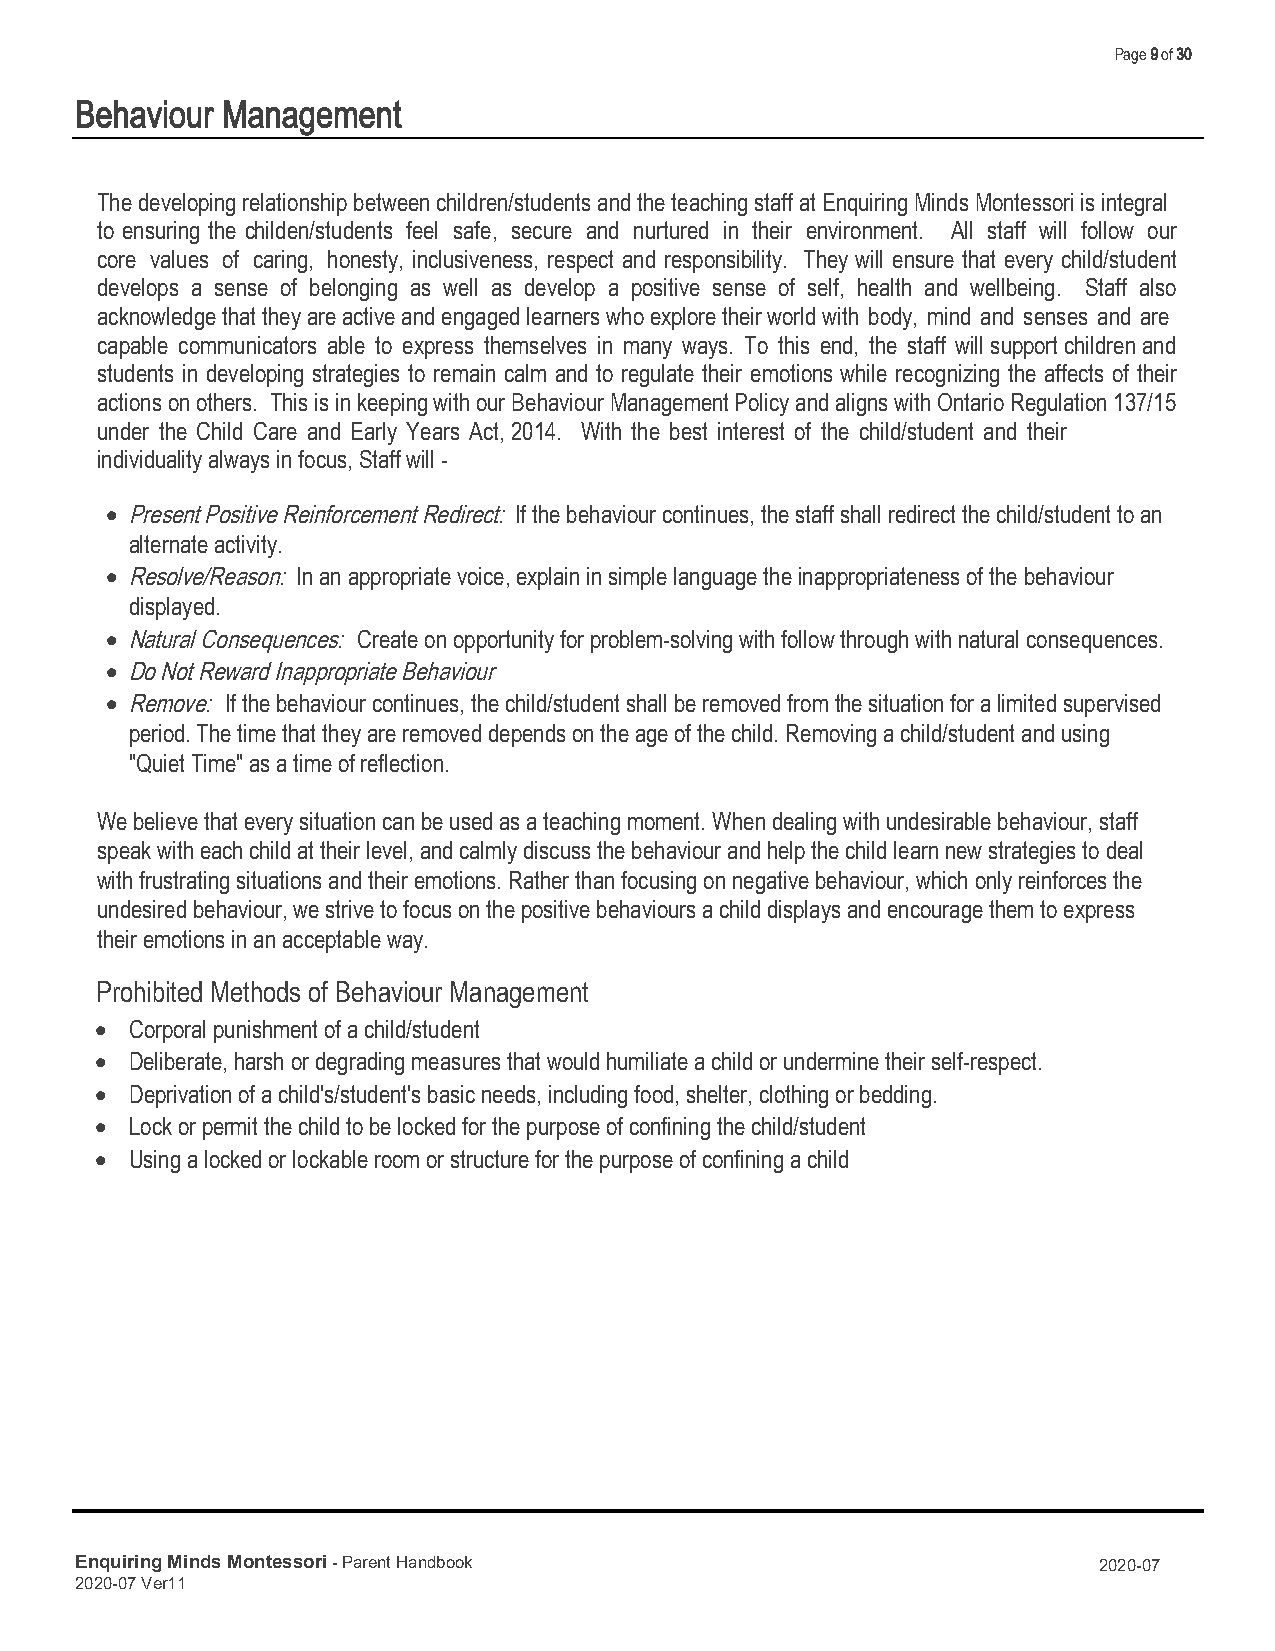
Page 9 of 30
 Behaviour Management
 The developing relationship between children/students and the teaching staff at Enquiring Minds Montessori is integral
 to ensuring the childen/students feel safe, secure and nurtured in their environment. All staff will follow our
 core values of caring, honesty, inclusiveness, respect and responsibility. They will ensure that every child/student
 develops a sense of belonging as well as develop a positive sense of self, health and wellbeing. Staff also
 acknowledge that they are active and engaged learners who explore their world with body, mind and senses and are
 capable communicators able to express themselves in many ways. To this end, the staff will support children and
 students in developing strategies to remain calm and to regulate their emotions while recognizing the affects of their
 actions on others. This is in keeping with our Behaviour Management Policy and aligns with Ontario Regulation 137/15
 under the Child Care and Early Years Act, 2014. With the best interest of the child/student and their
 individuality always in focus, Staff will -
 • Present Positive Reinforcement Redirect: If the behaviour continues, the staff shall redirect the child/student to an
 alternate activity.
 • Resolve/Reason: In an appropriate voice, explain in simple language the inappropriateness of the behaviour
 displayed.
 • Natural Consequences: Create on opportunity for problem-solving with follow through with natural consequences.
 • Do Not Reward Inappropriate Behaviour
 • Remove: If the behaviour continues, the child/student shall be removed from the situation for a limited supervised
 period. The time that they are removed depends on the age of the child. Removing a child/student and using
 "Quiet Time" as a time of reflection.
 We believe that every situation can be used as a teaching moment. When dealing with undesirable behaviour, staff
 speak with each child at their level, and calmly discuss the behaviour and help the child learn new strategies to deal
 with frustrating situations and their emotions. Rather than focusing on negative behaviour, which only reinforces the
 undesired behaviour, we strive to focus on the positive behaviours a child displays and encourage them to express
 their emotions in an acceptable way.
 Prohibited Methods of Behaviour Management
 •  Corporal punishment of a child/student
 •  Deliberate, harsh or degrading measures that would humiliate a child or undermine their self-respect.
 •  Deprivation of a child's/student's basic needs, including food, shelter, clothing or bedding.
 •  Lock or permit the child to be locked for the purpose of confining the child/student
 •  Using a locked or lockable room or structure for the purpose of confining a child
 Enquiring Minds Montessori - Parent Handbook                        2020-07
 2020-07 Ver11